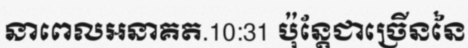
នាពេលអនាគត.10:31 ប៉ុន្តែជាច្រើននៃ